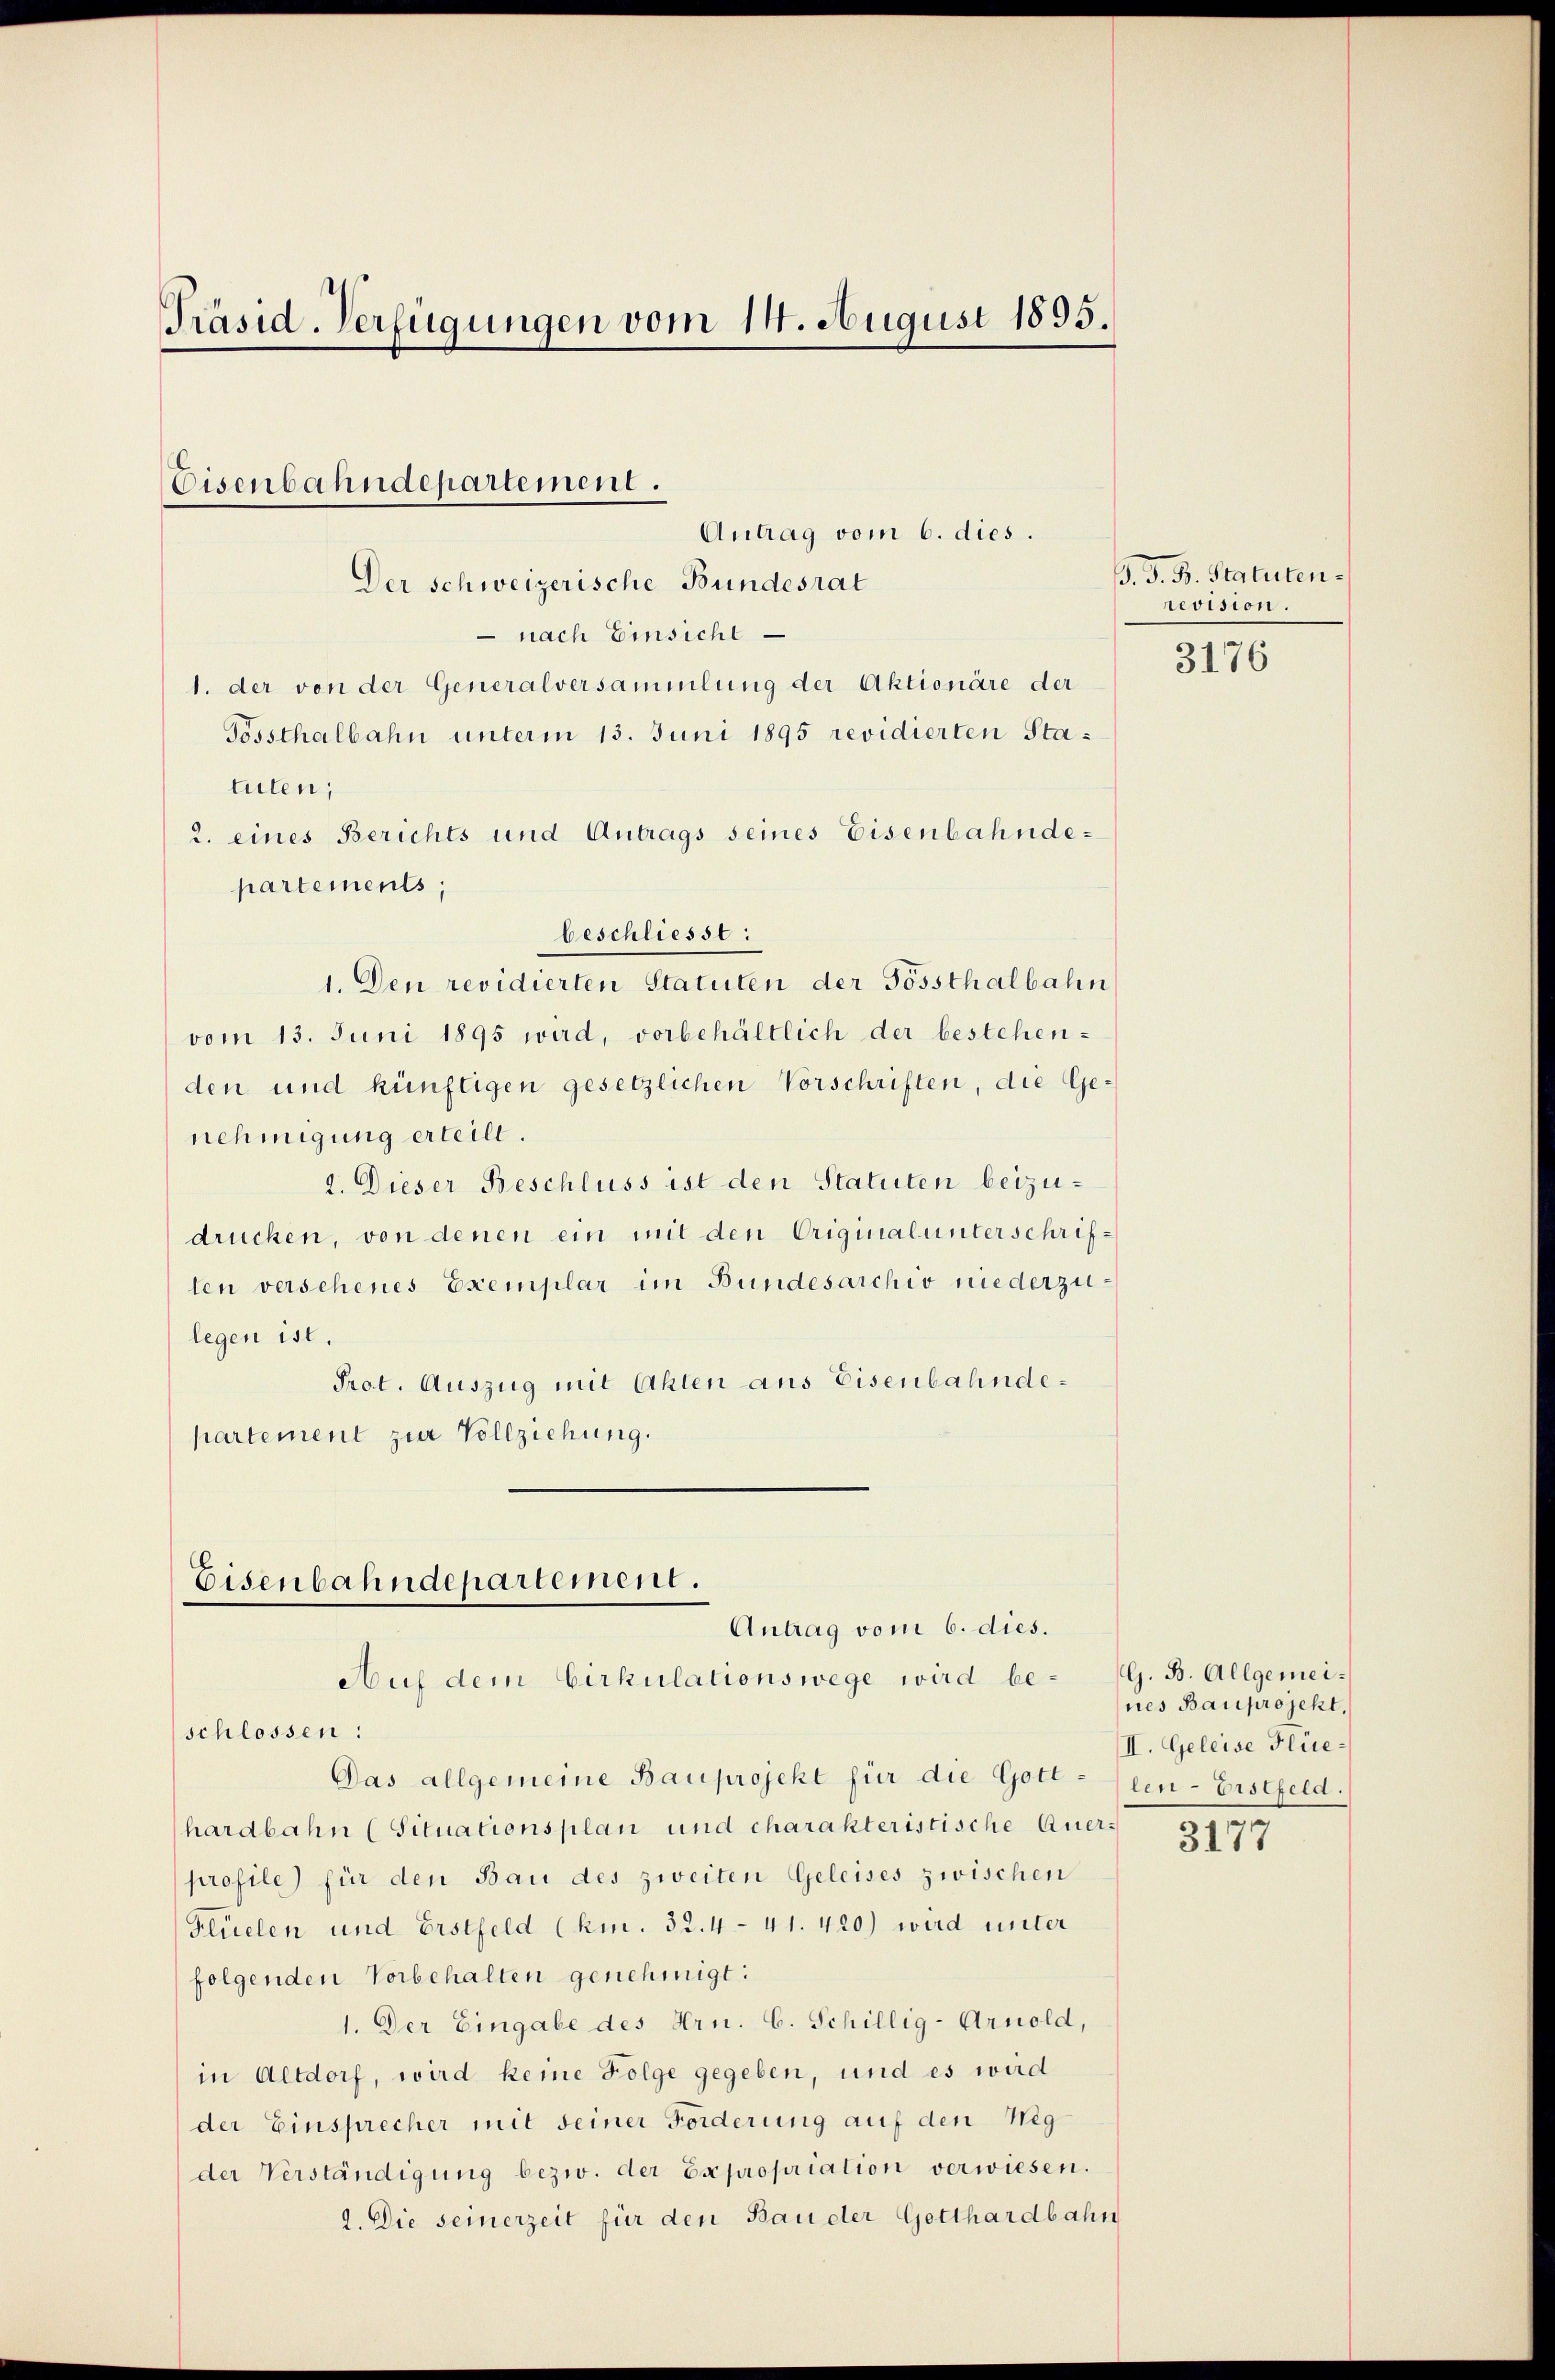
Präsid. Verfügungen vom 14. August 1895.

Eisenbahndepartement.
Antrag vom 6. dies.

Der schweizerische Bundesrat
 nach Einsicht
1. der von der Generalversammlung der Aktionäre der
Tossthalbahn unterm 13. Juni 1895 revidierten Statuten;
2. eines Berichts und Antrags seines Eisenbahndepartements,
beschliesst:
1. Den revidierten Statuten der Gossthalbahn
vom 13. Juni 1895 wird, vorbehältlich der bestehen-
den und künftigen gesetzlichen Vorschriften, die Genehmigung erteilt.
2. Dieser Beschluss ist den Statuten beizudrücken, von denen ein mit den Originalunterschriften verschenes Exemplar im Bundesarchiv niederzulegen ist.
Prot. Auszug mit Ahlen aus Eisenbahndepartement zur Vollziehung.

Eisenbahndepartement.
Antrag vom 6. dies.
Auf dem Cirkulationswege wird be- G. B. Allgemei¬

schlossen:
Das allgemeine Bauprojekt für die Gotthardbahn (Situationsplan und charakteristische Querprofile) für den Bau des zweiten Geleises zwischen
Flüelen und Erstfeld (km. 32. 441. 420) wird unter
folgenden Vorbehalten genehmigt:
1. Der Eingabe des Hrn. C. Schillig-Arnold,
in Altdorf, wird keine Folge gegeben, und es wird
der Einsprecher mit seiner Forderung auf den Weg
der Verständigung bezw. der Expropriation verwiesen.
2. Die seinerzeit für den Bauder Getthardbahn

J. J. B. Statutenrevision.

3176

nes Bauprojekt,
II. Geleise Flue-
len-Erstfeld.

3177